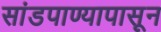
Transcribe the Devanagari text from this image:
सांडपाण्यापासून